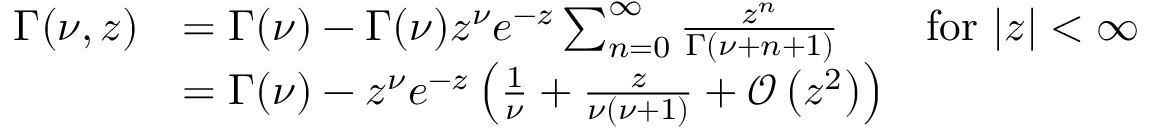
\begin{array} { r l } { \Gamma ( \nu , z ) } & { = \Gamma ( \nu ) - \Gamma ( \nu ) z ^ { \nu } e ^ { - z } \sum _ { n = 0 } ^ { \infty } \frac { z ^ { n } } { \Gamma ( \nu + n + 1 ) } \qquad \mathrm { f o r } \ | z | < \infty } \\ & { = \Gamma ( \nu ) - z ^ { \nu } e ^ { - z } \left( \frac { 1 } { \nu } + \frac { z } { \nu ( \nu + 1 ) } + \mathcal { O } \left( z ^ { 2 } \right) \right) } \end{array}